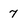
Character: 7